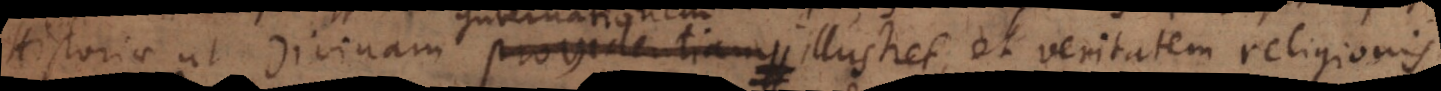
Historiae ut Divinam providentiam illustret, et veritatem religionis